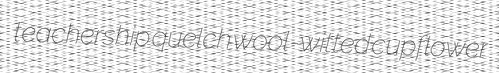
teachership quelch wool-witted cupflower